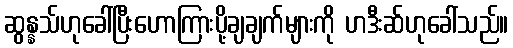
ဆွန္နသ်ဟုခေါ်ပြီးဟောကြားပို့ချချက်များကို ဟဒီးဆ်ဟုခေါ်သည်။